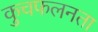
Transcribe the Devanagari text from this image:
कुचफलनता